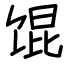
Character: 馄